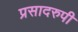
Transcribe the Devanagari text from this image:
प्रसादरुपी